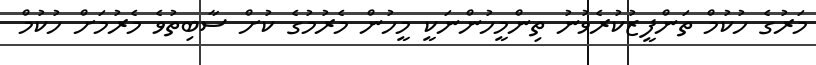
މަރުގެ ހުކުމް ތަންފީޒުކުރެވުނު ތިންމީހުންނަކީ މީހުން މެރުމުގެ ކުށް ސާބިތުވެ މެރުމަށް ހުކުމް